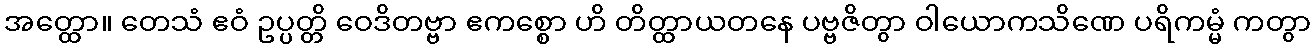
အတ္ထော။ တေသံ ဧဝံ ဥပ္ပတ္တိ ဝေဒိတဗ္ဗာ ဧကစ္စော ဟိ တိတ္ထာယတနေ ပဗ္ဗဇိတွာ ဝါယောကသိဏေ ပရိကမ္မံ ကတွာ